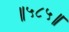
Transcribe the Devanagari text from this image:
॥५८५॥